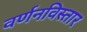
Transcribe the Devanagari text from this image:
वर्णनविस्तार